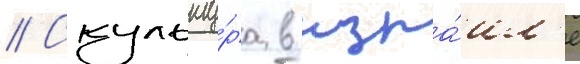
// Скульпту́ра в изра́ил'е